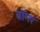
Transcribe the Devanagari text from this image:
बॉमर